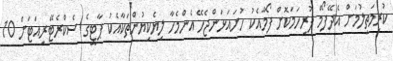
ކުރިމަތިލުމަށް އެދޭފޯމް ފުރިހަމަކޮށް ފޯމާއެކު ހުށައަޅަންޖެހޭ އެންމެހާ ލިޔެކިޔުންތަކާއެކު ޕާޓީގެ ސެކްރެޓޭރިއަޓަށް 10